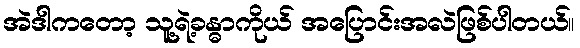
အဲဒါကတော့ သူ့ရဲ့ခန္ဓာကိုယ် အပြောင်းအလဲဖြစ်ပါတယ်။